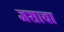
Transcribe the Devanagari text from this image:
जशाचा